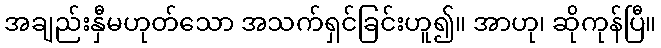
အချည်းနှီမဟုတ်သော အသက်ရှင်ခြင်းဟူ၍။ အာဟု၊ ဆိုကုန်ပြီ။